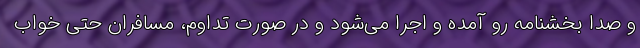
و صدا بخشنامه رو آمده و اجرا می‌شود و در صورت تداوم، مسافران حتی خواب